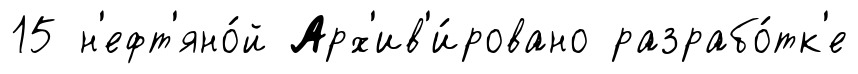
15 н'ефт'яно́й Арх'ив'и́ровано разрабо́тк'е